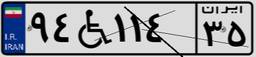
۹۴W۱۱۴۳۵